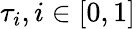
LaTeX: \tau_{i},i\in[0,1]